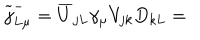
LaTeX: \widetilde { j } _ { L \mu } ^ { - } = \overline { { { U } } } _ { j L } \gamma _ { \mu } V _ { j k } D _ { k L } =